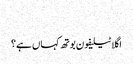
‬
‫اگلا ٹیلیفون بوتھ کہاں ہے؟